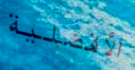
الأفضلية